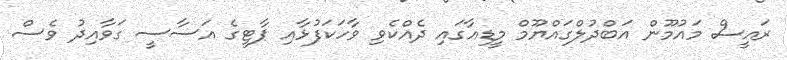
ރައީސް މައުމޫން އަބްދުލްގައްޔޫމް މީޑިއާގައި ދެއްކެވި ވާހަކަފުޅާއި ޕާޓީގެ އަސާސީ ގަވާއިދު ވެސް